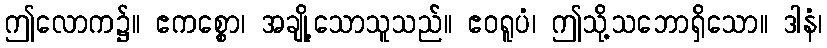
ဤလောက၌။ ဧကစ္စော၊ အချို့သောသူသည်။ ဧဝရူပံ၊ ဤသို့သဘောရှိသော။ ဒါနံ၊